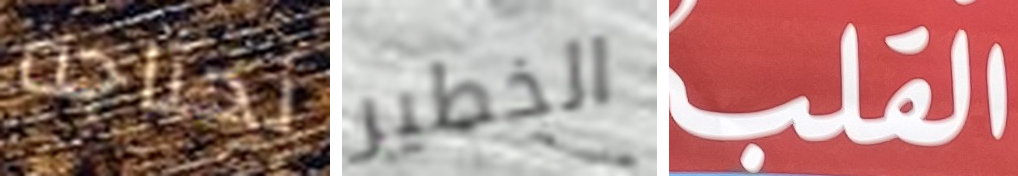
نحتاجه الخطير القلب